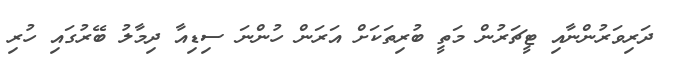
ދަރިވަރުންނާއި ޓީޗަރުން މަތީ ބުރިތަކަށް އަރަން ހުންނަ ސިޑިއާ ދިމާލު ބޭރުގައި ހުރި